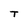
Character: T